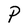
Character: P